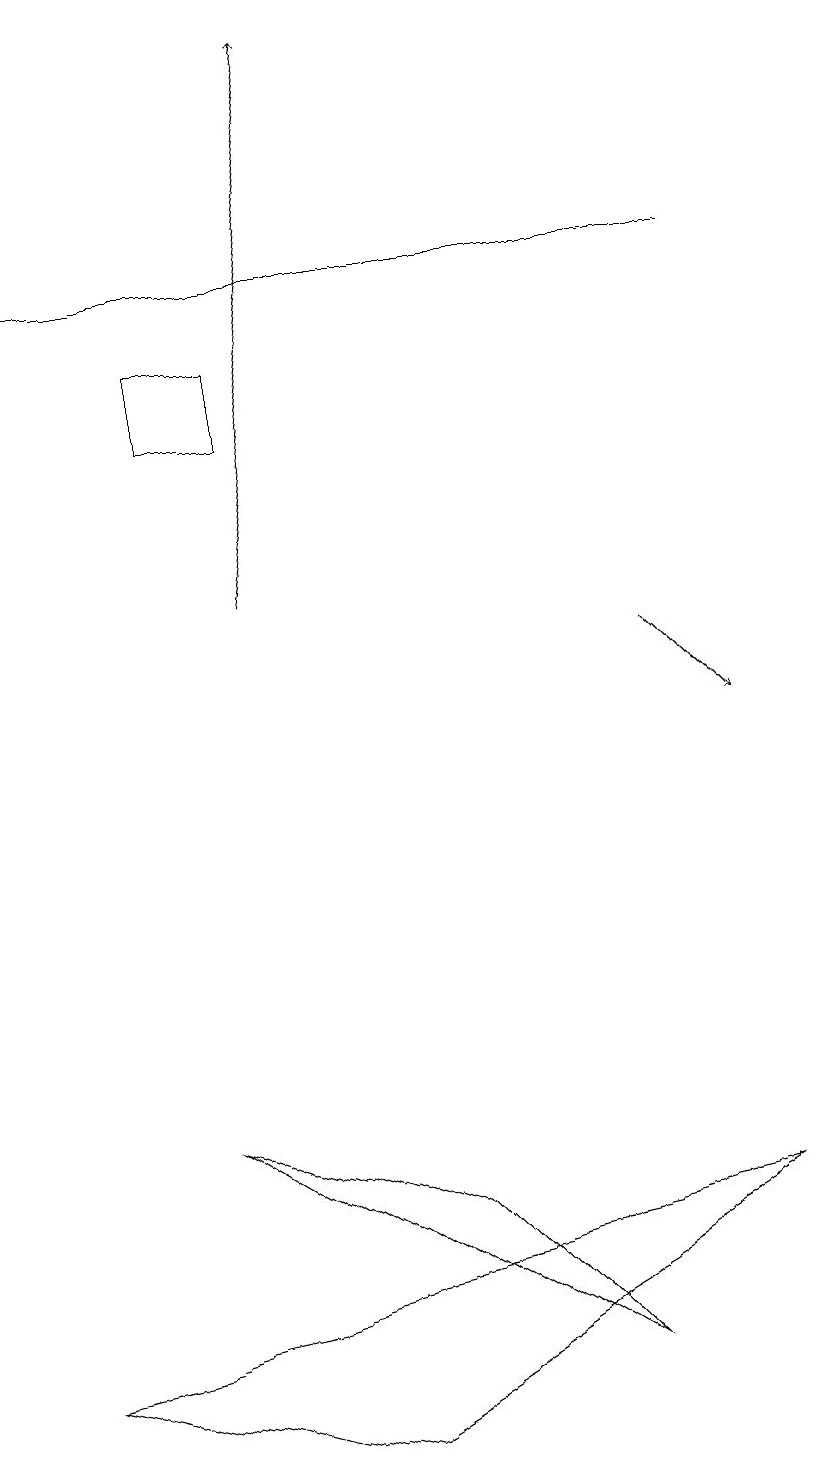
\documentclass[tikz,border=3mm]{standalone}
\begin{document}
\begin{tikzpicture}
\draw (3,14) rectangle (2,15);
\draw (4,1) -- (0,2) -- (9,4) -- cycle;
\draw (10,10) circle (0);
\draw (7,2) -- (5,4) -- (2,5) -- cycle;
\draw[->] (3,12) -- (4,19);
\draw[->] (8,11) -- (9,10);
\draw (9,16) rectangle (0,16);
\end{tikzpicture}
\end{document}